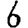
Digit: 6